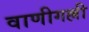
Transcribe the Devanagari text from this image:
वाणीगल्ली